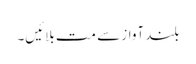
بلند آواز سے مت بلائیں۔